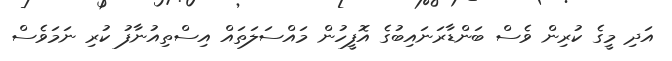
އަދި މީގެ ކުރިން ވެސް ބަންޑާރަނައިބުގެ އޮފީހުން މައްސަލަތައް އިސްތިއުނާފު ކުރި ނަމަވެސް